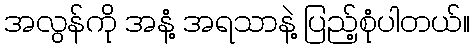
အလွန်ကို အနံ့ အရသာနဲ့ ပြည့်စုံပါတယ်။